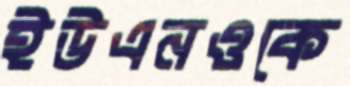
ইউএনওকে